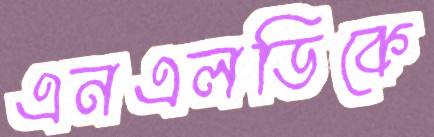
এনএলডিকে